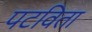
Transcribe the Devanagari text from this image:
पटविता